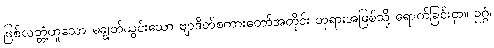
ဖြစ်လတ္တံ့ဟူသော မချွတ်ယွင်းသော ဗျာဒိတ်စကားတော်အတိုင်း ဘုရားအဖြစ်သို့ ရောက်ခြင်းငှာ။ ဥဂ္ဂံ၊